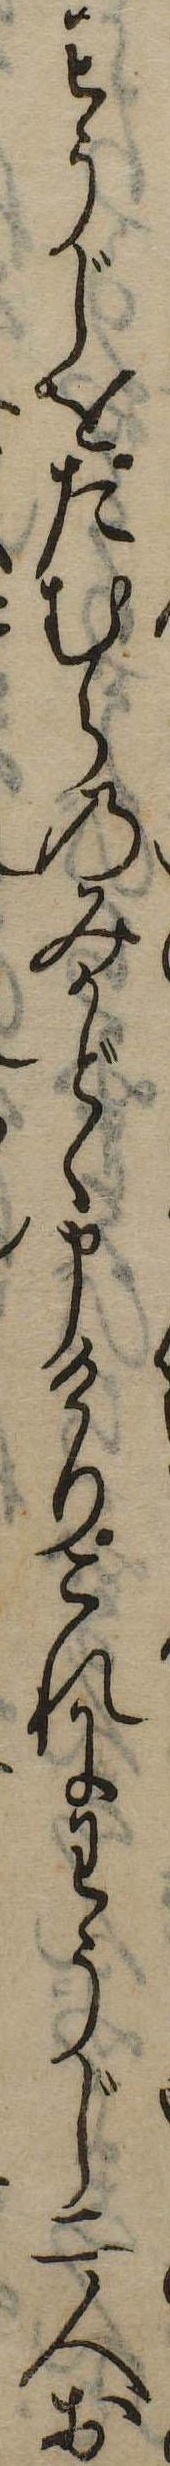
わうじをたむらのみかどゝ申けりこれにわうじ二人お